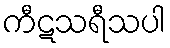
ကီဋသရီသပါ